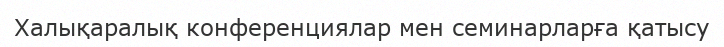
Халықаралық конференциялар мен семинарларға қатысу